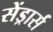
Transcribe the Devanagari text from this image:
सेंड्रार्स